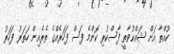
ކުއްތާ އަށް ޝައްކުވާތީ ފާސްކުރި ކޮންމެ ފަސް ފަހަރެއްގެ ތެރެއިން ހަތަރު ފަހަރު